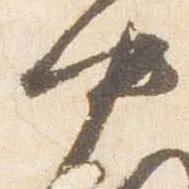
中